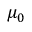
\mu _ { 0 }